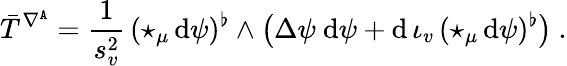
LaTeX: \bar{T}^{\nabla^{\mathtt{A}}}=\frac 1{s_{v}^{2}}\, (\star_{\mu}\, \mathrm{d}\psi)^{\flat}\wedge\big(\Delta\psi\ \mathrm{d}\psi+\mathrm{d}\, \iota_{v}\, (\star_{\mu}\, \mathrm{d}\psi)^{\flat}\big)\ .